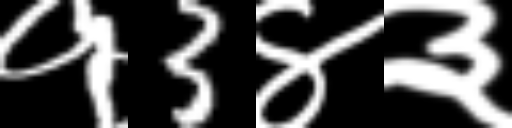
Text: १3४३